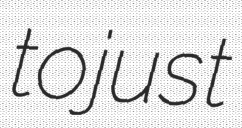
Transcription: to just